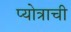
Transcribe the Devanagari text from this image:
प्योत्राची